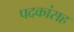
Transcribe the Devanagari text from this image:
पदकांसह